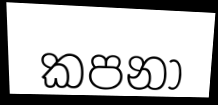
කපනා